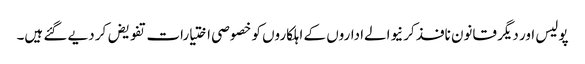
پولیس اور دیگر قانون نافذ کرنیوالےاداروں کے اہلکاروں کو خصوصی اختیارات تفویض کر دیے گئے ہیں۔